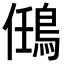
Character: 𪀼